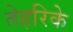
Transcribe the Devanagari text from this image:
तेहरिके